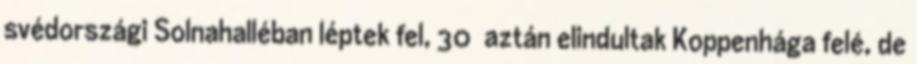
svédországi Solnahalléban léptek fel, 30 aztán elindultak Koppenhága felé, de